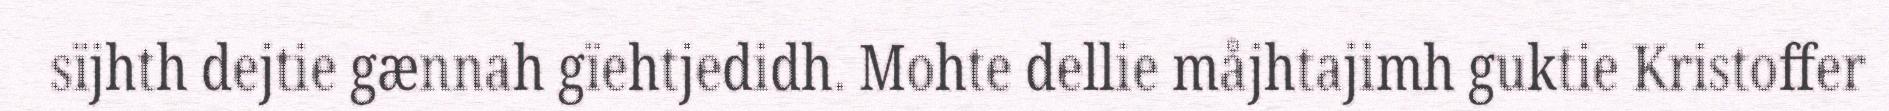
sïjhth dejtie gænnah gïehtjedidh. Mohte dellie måjhtajimh guktie Kristoffer